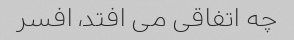
چه اتفاقی می افتد، افسر